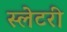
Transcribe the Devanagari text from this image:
स्लेटरी